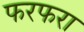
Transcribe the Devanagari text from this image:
फरफरा